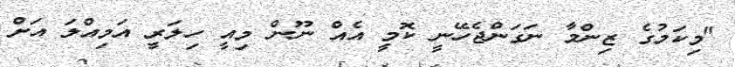
"މިކަމުގެ ޒިންމާ ނަގަންޖެހޭނީ ކޮމީ އެއް ނޫން މިއީ ހިލަރީ އަމިއްލަ އަށް